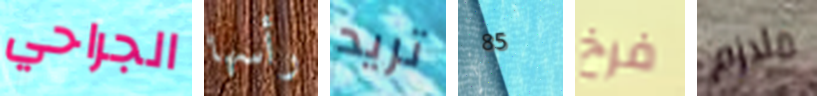
الجراحي رأسها تريد 85 فرخ ملازم